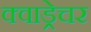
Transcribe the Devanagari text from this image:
क्वाड्रेचर